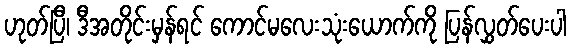
ဟုတ်ပြီ၊ ဒီအတိုင်းမှန်ရင် ကောင်မလေးသုံးယောက်ကို ပြန်လွှတ်ပေးပါ